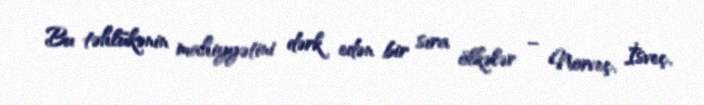
Bu təhlükənin mahiyyətini dərk edən bir sıra ölkələr – Norveç, İsveç,